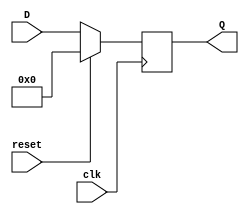
`timescale 1ns / 1ps
//////////////////////////////////////////////////////////////////////////////////
// Company: 
// Engineer: 
// 
// Design Name: 
// Module Name: pc
// Project Name: 
// Target Devices: 
// Tool Versions: 
// Description: 
// 
// Dependencies: 
// 
// Revision:
// Revision 0.01 - File Created
// Additional Comments:
// 
//////////////////////////////////////////////////////////////////////////////////


module pc(
input reset,
input clk,
input [5:0] D,
output reg [5:0] Q

    );
always @(posedge clk)begin
    if(reset)
        Q = 0;
    else
        Q = D;
    end
endmodule